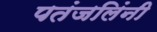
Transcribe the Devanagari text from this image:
पतंजलिंनी